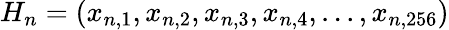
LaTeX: H_{n}=(x_{n,1},x_{n,2},x_{n,3},x_{n,4},...,x_{n,256})